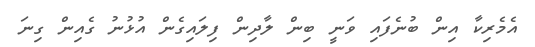
އެމެރިކާ އިން ބުނެފައި ވަނީ ބިން ލާދިން ފިލައިގެން އުޅުނު ގެއިން ގިނަ